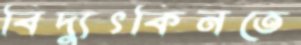
বিদ্যুৎকিনতে